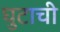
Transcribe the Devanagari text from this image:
घुटाची